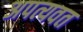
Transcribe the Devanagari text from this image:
अपत्यवत